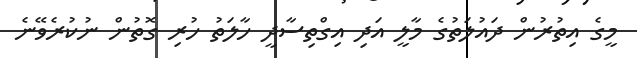
މީގެ އިތުރުން ދައުލަތުގެ މާލީ އަދި އިގްތިސާދީ ހާލަތު ހުރި ގޮތުން ނުކުރެވޭނެ